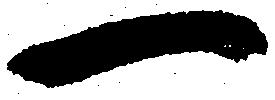
一